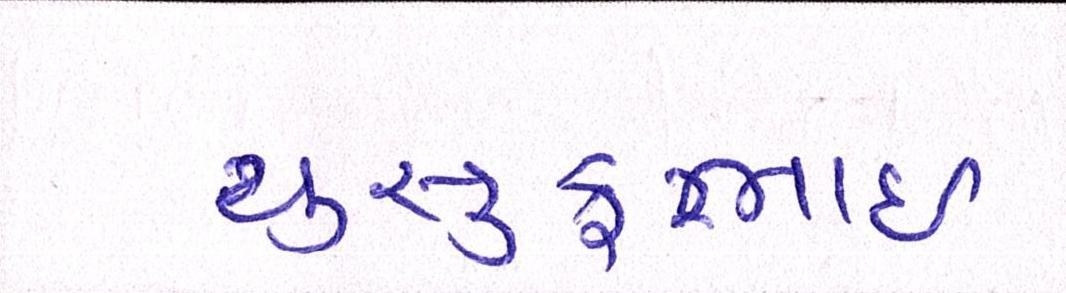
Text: યુસુફભાઈ